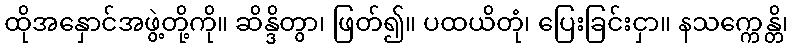
ထိုအနှောင်အဖွဲ့တို့ကို။ ဆိန္ဒိတွာ၊ ဖြတ်၍။ ပထယိတုံ၊ ပြေးခြင်းငှာ။ နသက္ကေန္တိ၊